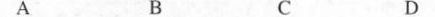
A B C D